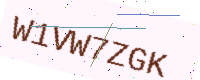
Text: W1VW7ZGK